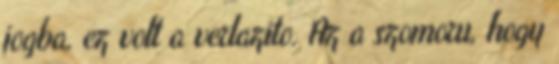
jogba, ez volt a verlazito. Az a szomoru, hogy